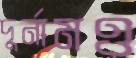
দুর্নামও